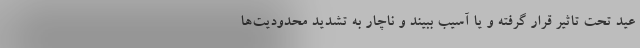
عید تحت تاثیر قرار گرفته و یا آسیب ببیند و ناچار به تشدید محدودیت‌ها